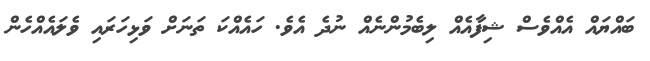
ބައްޔައް އެއްވެސް ޝިފާއެއް ލިބެމުންނެއް ނުދެ އެވެ. ހައެއްކަ ތަނަށް ވަޅިހަރައި ވެލައެއްހެން